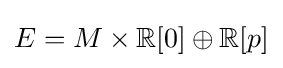
E=M\times \mathbb {R} [0]\oplus \mathbb {R} [p]